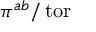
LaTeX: \pi ^ { a b } / \operatorname { t o r }